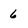
Character: 6